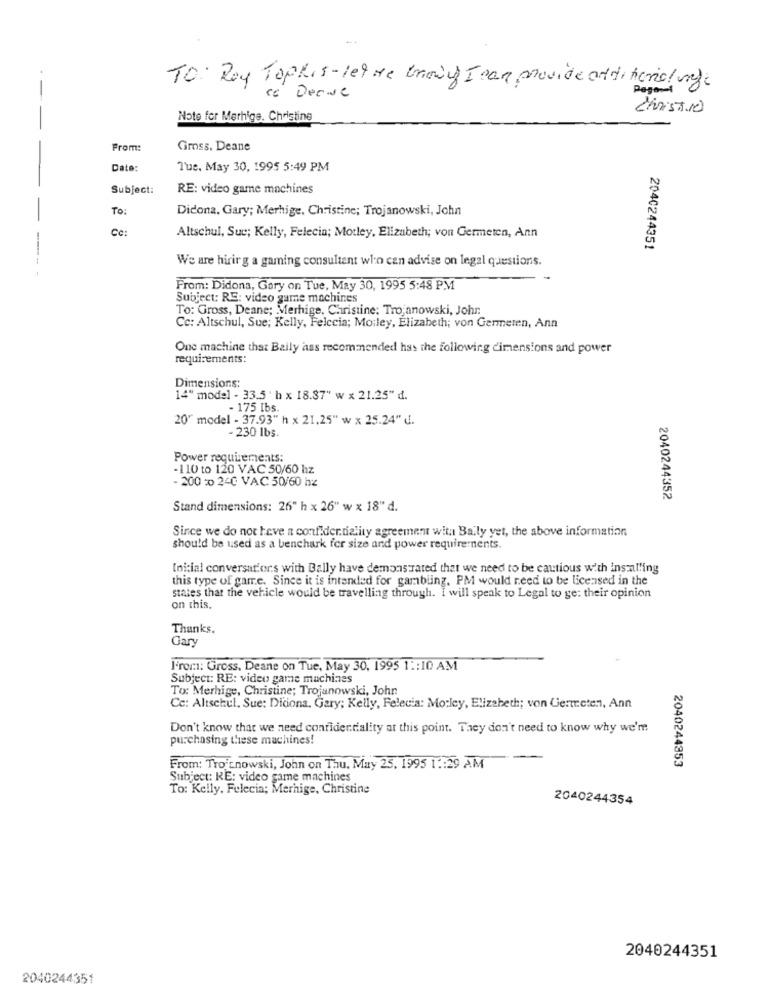
-
TO: Ray Tophis-let me trawy I can provide additional unge
" Decide
Christine
Note for Merhigs. Christine
From:
Gross. Deane
Date:
Tue. May 30, 1995 5:49 PM
Subject:
RE: video game machines
To:
Didona, Gary; Merhige, Christine; Trojanowski, John
Cc:
Altschul, Suc; Kelly, Felecia; Motley, Elizabeth; von Germeten, Ann
2040244351
We are hirirg a gaming consultent who can advise on legal questions.
From: Didona, Gary on Tue, May 30, 1995 5:48 PM
Subject: RE: video game machines
To: Gross, Deane; Merhige, Christine: Trojanowski, Johr.
Cc: Altschul, Sue; Kelly, Felccia; Moiley, Elizabeth; von Germeren, Ann
One machine that Baily ass recommended has the following dimensions and power
requirements:
Dimensions:
14" model - 33.5 ' h x 18.37" w x 21.25" d.
- 175 Ibs.
20" model - 37.93" h x 21,25" w x 25.24" d.
- 230 lbs.
Power requirements:
-110 to 120 VAC 50/60 hz
- 200 co 240 VAC 50/60 hz
2040244352
Stand dimensions: 26" h x 26" w x 18" d.
Since we do not heve a confidentiality agreement with Baily yet, the above information
should be used as a benchark for size and power requirements.
Inicial conversations with Bally have demonstrated that we need to be cautious with installing
this type of garre. Since it is intended for gambling. PM would need to be licensed in the
states that the vehicle would be travelling through. I will speak to Legal to ge: their opinion
on this.
Thanks.
Gary
I'rom: Gross. Deane on Tue, May 30, 1995 1 :: 10 AM
Subject: RE: video game machines
To: Merhige, Christine; Trojanowski, John
Cc: Altschul, Sue: Diciona, Gary; Kelly, Felecia: Mo:ley, Elizabeth; von Germeten, Ann
Don't know that we need confidentiality at this point. They don't need to know why we'm
purchasing these machines!
2040244353
From: Troitnowski, John on Thu, May 25, 1995 1 :: 29 AM
Subject: RE: video game machines
To: Kelly, Felecia; Merhige, Christine
2040244354
2040244351
2040244351